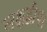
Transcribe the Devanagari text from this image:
लक्षद्वीप।